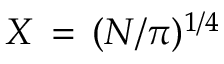
X \, = \, ( N / \pi ) ^ { 1 / 4 }